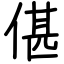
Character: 偡